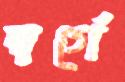
স্বর্গে